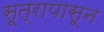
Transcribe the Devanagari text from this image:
सूत्रापासून